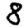
Digit: 8